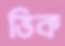
ভিক